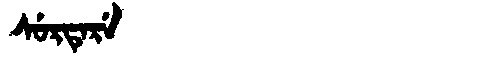
Manchu: ᠰᡠᡵᡨᡝᡵᡝ
Romanization: SURTERE